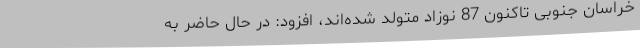
خراسان جنوبی تاکنون 87 نوزاد متولد شده‌اند، افزود: در حال حاضر به